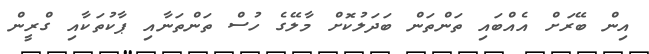
އިން ބޭރަށް އެއްބައި ތަންތަން ބަދަލުކޮށް މާލޭގެ ހުސް ތަންތަނާއި ޕާކުތަކާއި ގްރީން